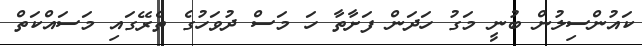
ކައުންސިލުން ބުނީ މަގު ހަދަން ފަށާތާ ހަ މަސް ދުވަހުގެ ތެރޭގައި މަސައްކަތް